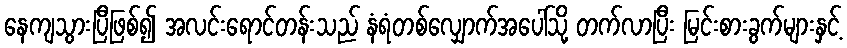
နေကျသွားပြီဖြစ်၍ အလင်းရောင်တန်းသည် နံရံတစ်လျှောက်အပေါ်သို့ တက်လာပြီး မြင်းစားခွက်များနှင့်